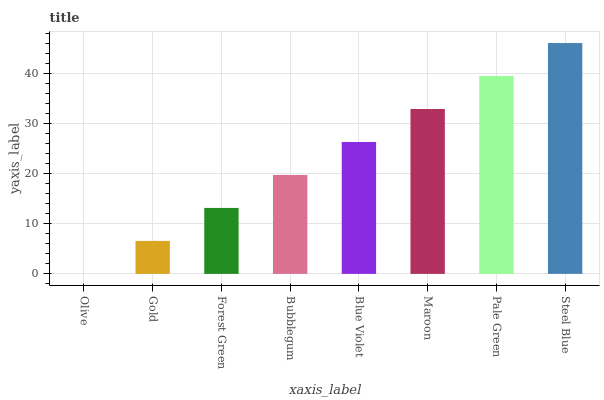
| xaxis_label | bars |
 | --- | --- |
 | Olive | 0 |
 | Gold | 6.59 |
 | Forest Green | 13.2 |
 | Bubblegum | 19.8 |
 | Blue Violet | 26.4 |
 | Maroon | 33 |
 | Pale Green | 39.6 |
 | Steel Blue | 46.1 |